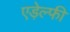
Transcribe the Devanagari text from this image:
एड़ेल्फी